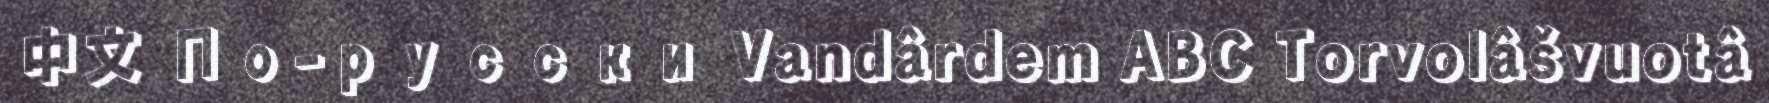
中文 По-русски Vandârdem ABC Torvolâšvuotâ